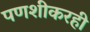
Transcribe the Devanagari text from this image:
पणशीकरही